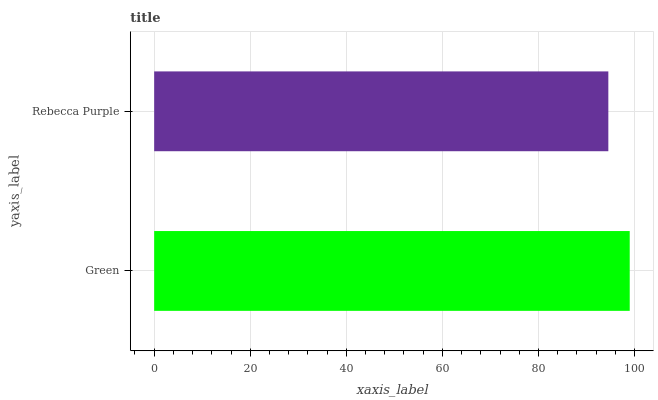
| yaxis_label | bars |
 | --- | --- |
 | Green | 99 |
 | Rebecca Purple | 94.5 |